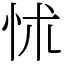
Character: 怵